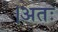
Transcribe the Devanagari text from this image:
।अतः